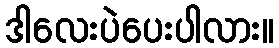
ဒါလေးပဲပေးပါလား။